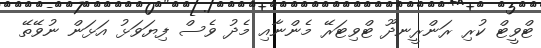
ޓްވީޓް ކުރި ރަންރީނދޫ ޓްވިޓަރޭ މެންނާއި މެދު ވެސް ފިޔަވަޅު އަޅަން ނުވޭތޭ